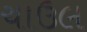
ચાઉલ